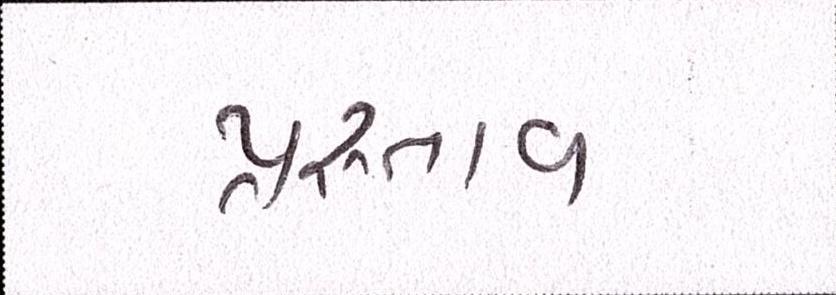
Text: પ્રસ્તાવ